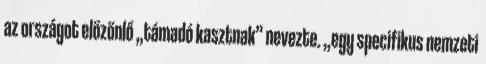
az országot elözönlő „támadó kasztnak” nevezte. „egy specifikus nemzeti